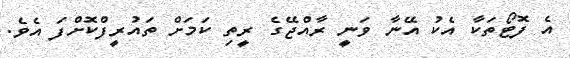
އެ ފޮޓޯތަކާ އެކު އޭނާ ވަނީ ރާއްޖޭގެ ރީތި ކަމަށް ތައުރީފްކޮށްފަ އެވެ.